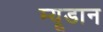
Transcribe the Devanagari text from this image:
म्यूडान